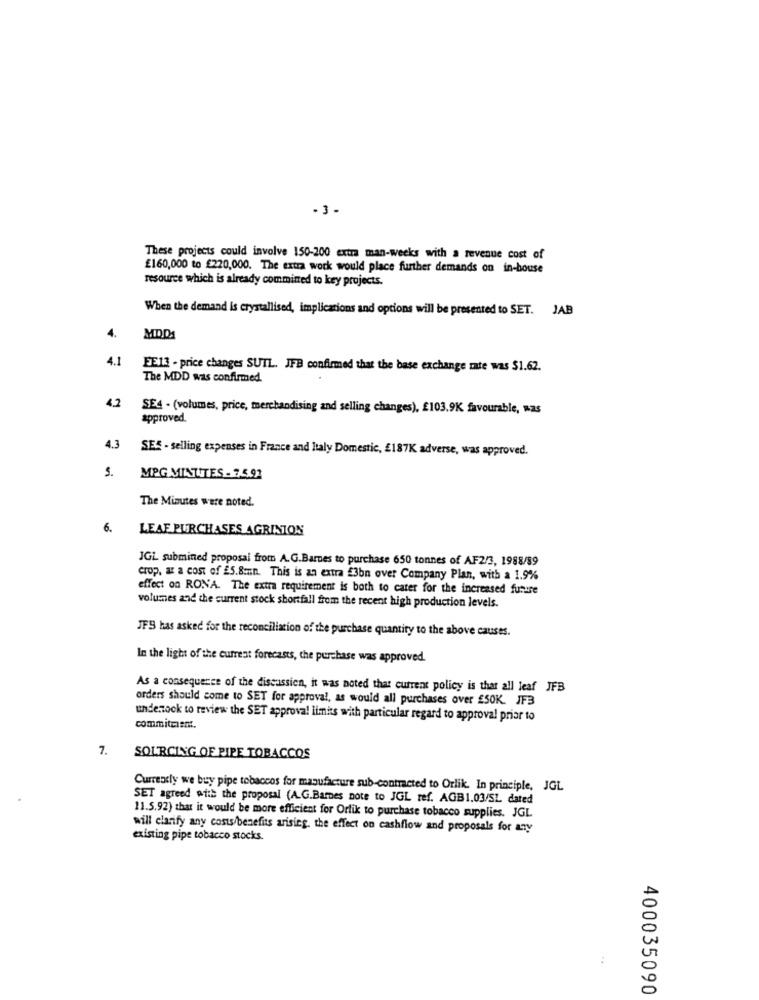
- 3-
These projects could involve 150-200 extra man-weeks with a revenue cost of
£160,000 to £220,000. The extra work would place further demands on in-house
resource which is already commined to key projects.
When the demand is crystallised, implications and options will be presented to SET. JAB
4.
MODA
4.1
EE13 - price changes SUTL. JFB confirmed that the base exchange rate was $1.62.
The MDD was confirmed.
4.2
SE4 - (volumes, price, merchandising and selling changes), £103.9K favourable, was
approved.
4.3
SES - selling expenses in France and Italy Domestic, £187K adverse, was approved.
5.
MPG MINTITES - 7.5.92
The Minutes were noted.
6.
LEAF PURCHASES AGRINTON
JGL submined proposal from A.G.Barnes to purchase 650 tonnes of AF2/3, 1988/89
crop, az a cost of £5.8mmn. This is an extra £3bn over Company Plan, with a 1.9%
effect on RONA. The extra requirement is both to cater for the increased future
volumes and the current stock shortfall from the recent high production levels.
JFS has asked for the reconciliation of the purchase quantity to the above causes.
In the light of the current forecasts, the purchase was approved.
As a consequence of the discussion, it was noted that current policy is that all leaf JFB
orders should come to SET for approval, as would all purchases over £50K. JF3
undenock to review the SET approval limits with particular regard to approval prior to
commitment.
7.
SOURCING OF PIPE TOBACCOS
Currently we buy pipe tobaccos for manufacture sub-contracted to Orlik. In principle, JGL
SET agreed with the proposal (A.G.Barnes note to JGL ref. AGB1.03/SL dated
11.5.92) that it would be more efficient for Orlik to purchase tobacco supplies. JGL
will clarify any costs/benefits arising. the effect on cashflow and proposals for any
existing pipe tobacco stocks.
400035090